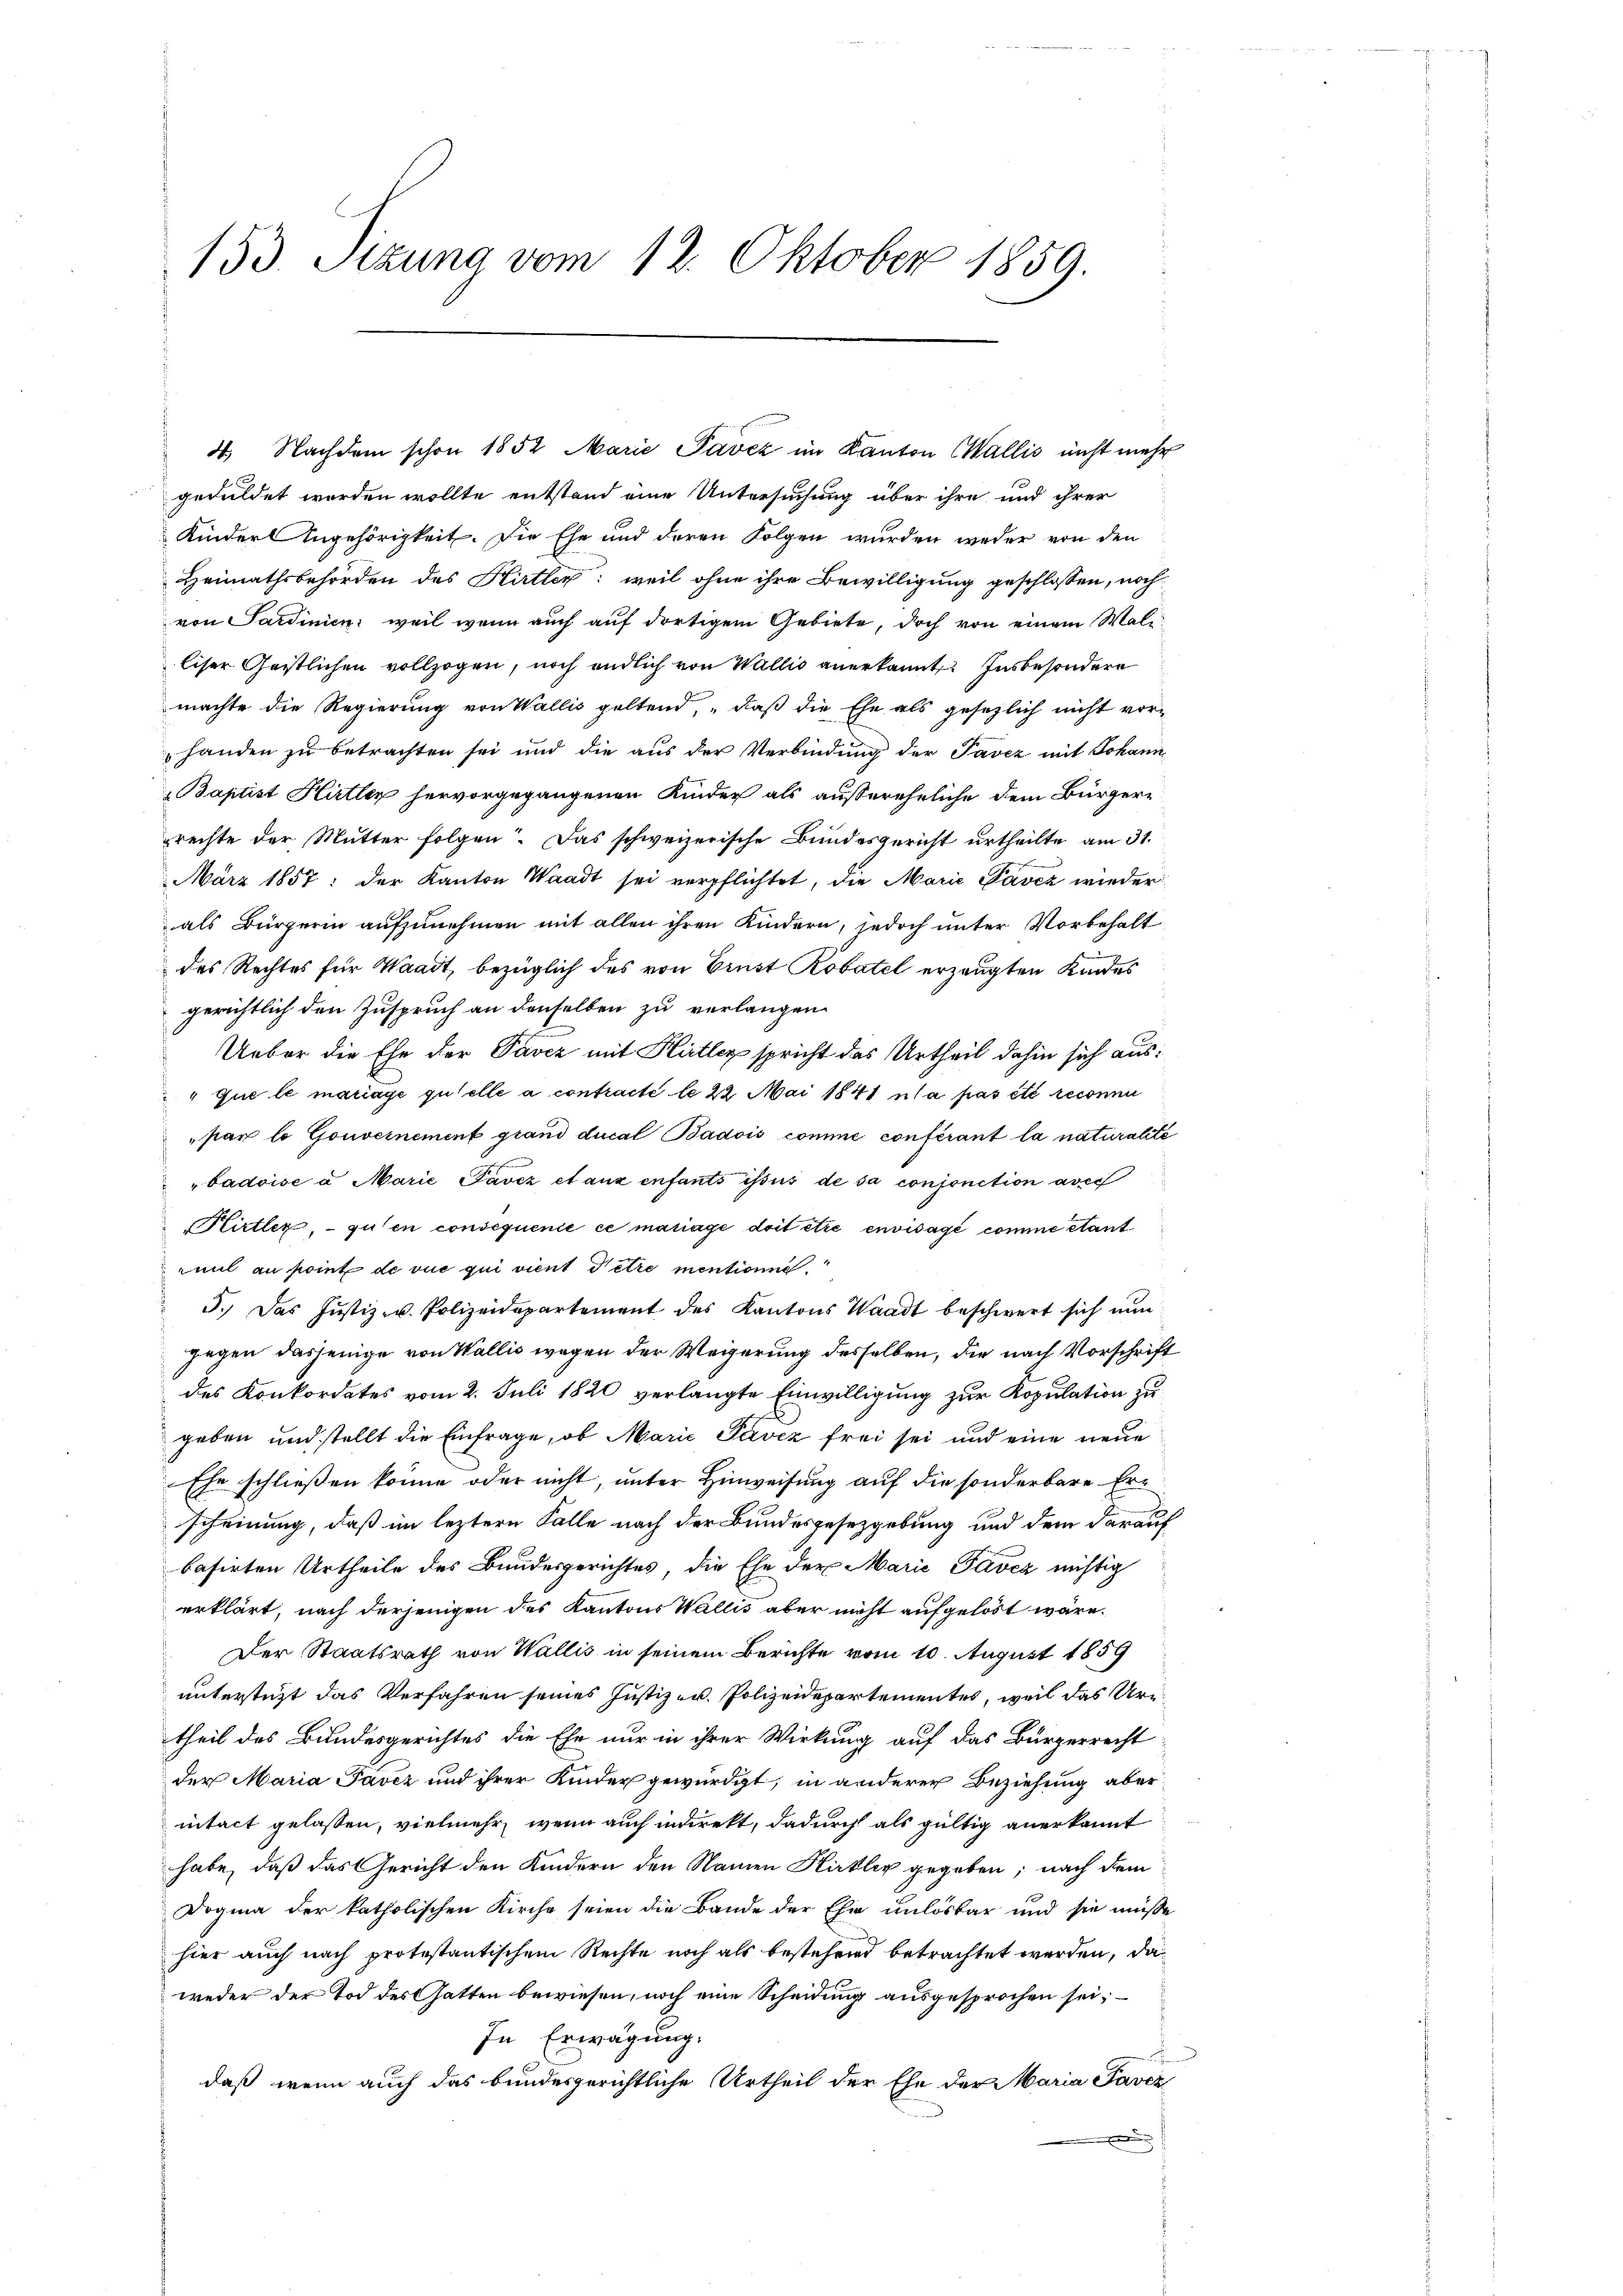
153. Sizung vom 12. Oktober 1859.

geduldet werden wollte entstand eine Untersuchung über ihre und ihrer
Kinders Angehörigkeit. Die Ehe und deren Folgen wurden weder von den
Heimathsbehörden des Hirtler; weil ohne ihre Bewilligung geschlossen, noch
von Sardinien, weil wenn auch auf dortigem Gebiete, doch von einem Walliser Geistlichen vollzogen, noch endlich von Wallis anerkannt Insbesondere
machte die Regierung von Wallis geltend, „daß die Ehe als gesezlich nicht vor-
handen zu betrachten sei und die aus der Verbindung der Pavez mit Johann
Baptist Hirtler hervorgegangenen Kinder als außereheliche dem Bürger-
prechte der Mutter folgen. Das schweizerische Bundesgericht urtheilte am 31.
März 1857: der Kanton Waadt sei verpflichtet, die Marie Pavez wieder
als Bürgerin aufzunehmen mit allen ihren Kindern, jedoch unter Vorbehalt
des Rechtes für Waadt, bezüglich des von Ernst Robatel erzeugten Kindes
gerichtlich den Zuspruch an denselben zu verlangen.
Ueber die Ehe der Pavcz mit Hitler spricht das Urtheil dahin sich aus:
" que le mariage quelle a contracté le 22 Mai 1841 ula pas été reconnu
par lo Gouvernement grand ducal Badois comme conférant la naturalité
"badoise a Marie Pavez et aux enfants issus de sa conjonction avec
Kirtler, - guten consequenie ce mariage doit être envisagé comme étant
mit au point de vue qui vient Petre mentionne.
3.) Das Justiz- u. Polizeidepartement des Kantons Waadt beschwert sich nŭn
gegen dasjenige von Wallis wegen der Weigerung desselben, die nach Vorschrift
des Konkordates vom 2. Juli 1820 verlangte Einwilligung zur Kopulation zu
geben und stellt die Einfrage, ob Marie Pavez frei sei und eine neue
Ehe schliessen könne oder nicht, unter Hinweisung auf die sonderbare Erscheinung, daß im leztere Falle nach der Bundesgesetzgebung und dem darauf
basirten Urtheile des Bundesgerichtes, die Ehe der Marie Pavcz nichtig
erklärt, nach derjenigen des Kantons Wallis aber nicht aufgelöst wäre.
Der Staatsrath von Wallis in seinem Berichte vom 10. August 1859
unterstützt das Verfahren seines Justiz- u. Polizeidepartementes, weil das Urtheil des Bundesgerichtes die Ehe nur in ihrer Wirkung auf das Bürgerrecht
der Maria Pavez und ihrer Kinder gewürdigt, in anderer Beziehung aber
ntact gelassen, vielmehr, wenn auch indirekt, dadurch als gültig anerkannt
habe, daß das Gericht den Kindern den Namen Kirkler gegeben; nach dem
Dogina der katholischen Kirche seien die Bande der Ehe unlösbar und sie müsse
hier auch nach protestantischem Rechte noch als bestehend betrachtet werden, da
weder der Tod des Gatten bewiesen, noch eine Scheidung ausgesprochen sei,
In Erwägung.
daß wenn auch das bundesgerichtliche Urtheil der Ehe der Maria Pavez

4. Nachdem schon 1852 Marie Pavez im Kanton Wallis nicht mehr